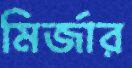
মির্জার